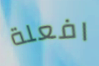
افعلة